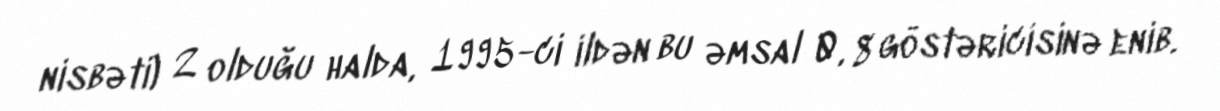
nisbəti) 2 olduğu halda, 1995-ci ildən bu əmsal 0, 8 göstəricisinə enib.